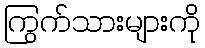
ကြွက်သားများကို